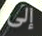
إلى